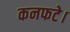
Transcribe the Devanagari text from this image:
कनफटे।